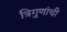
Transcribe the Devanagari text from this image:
त्रिगुणांची